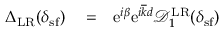
\begin{array} { r l r } { { \Delta } _ { \mathrm { L R } } ( \delta _ { \mathrm { s f } } ) } & { { } = } & { \mathrm { e } ^ { i \beta } \mathrm { e } ^ { i \overline { { k } } d } \mathcal { D } _ { 1 } ^ { \mathrm { L R } } ( \delta _ { \mathrm { s f } } ) } \end{array}